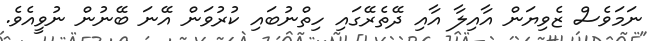
ނަމަވެސް ޒެވިޔަން އާއިލާ އާއި ދޭތެރޭގައި ހިތްނުބައި ކުރުވަން އޭނަ ބޭނުން ނުވީއެވެ.